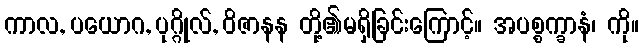
ကာလ, ပယောဂ, ပုဂ္ဂိုလ်, ဝိဇာနန တို့၏မရှိခြင်းကြောင့်။ အပစ္စက္ခာနံ၊ ကို။